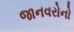
જાનવરોનો